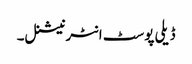
ڈیلی پوسٹ انٹرنیشنل۔